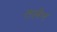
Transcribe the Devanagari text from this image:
तलेन